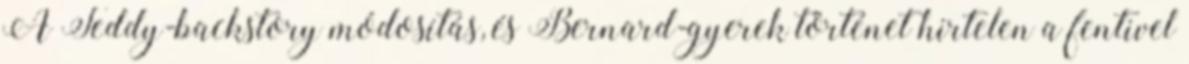
A Teddy-backstory módosítás, és Bernard-gyerek történet hirtelen a fentivel